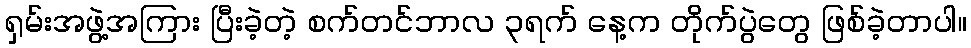
ရှမ်းအဖွဲ့အကြား ပြီးခဲ့တဲ့ စက်တင်ဘာလ ၃ရက် နေ့က တိုက်ပွဲတွေ ဖြစ်ခဲ့တာပါ။